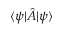
\langle \psi | { \hat { A } } | \psi \rangle